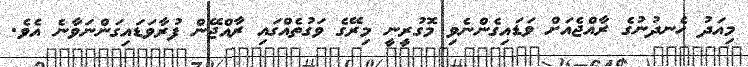
މިއަދު ހެނދުނުގެ ރާއްޖެއަށް ވަޑައިގެންނެވި މޮގުރީނީ މިރޭގެ ވަގުތެއްގައި ރާއްޖޭން ފުރާވަޑައިގަންނަވާނެ އެވެ.